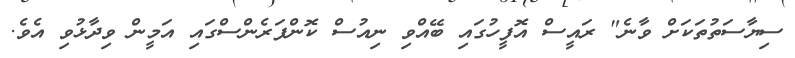
ސިޔާސަތުތަކަށް ވާނެ" ރައީސް އޮފީހުގައި ބޭއްވި ނިއުސް ކޮންފަރެންސްގައި އަމީން ވިދާޅުވި އެވެ.